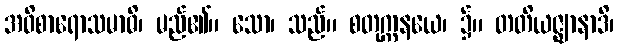
အဝိစာရောသမာဓိ၊ မည်၏။ သော၊ သည်။ စတုက္ကနယေ၊ ၌။ တတိယဇ္ဈာနာဒိ၊